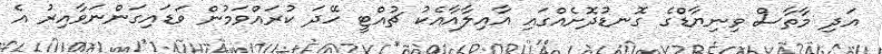
އަދި މާތާސް ވިނިޔާޑްގެ ގޮނޑުދޮށެއްގައި އާއިލާއާއެކު ޗުއްޓީ ހޭދަ ކުރައްވަމުން ވަޑައިގަންނަވާއިރު އެ